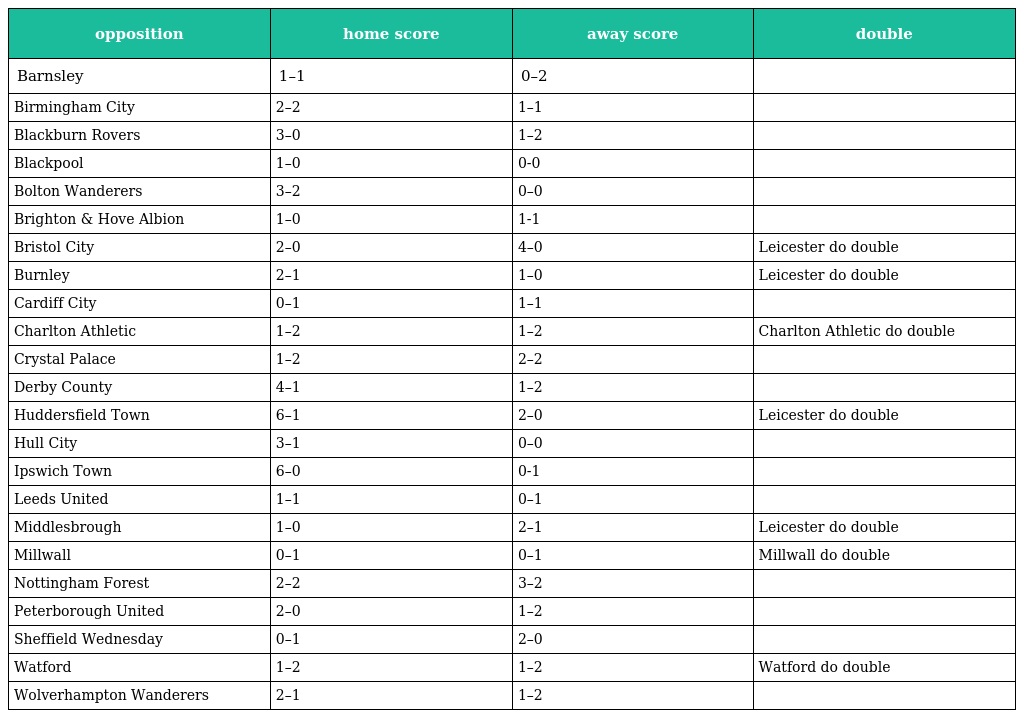
| opposition | home score | away score | double |
 | --- | --- | --- | --- |
 | Barnsley | 1–1 | 0–2 |  |
 | Birmingham City | 2–2 | 1–1 |  |
 | Blackburn Rovers | 3–0 | 1–2 |  |
 | Blackpool | 1–0 | 0-0 |  |
 | Bolton Wanderers | 3–2 | 0–0 |  |
 | Brighton & Hove Albion | 1–0 | 1-1 |  |
 | Bristol City | 2–0 | 4–0 | Leicester do double |
 | Burnley | 2–1 | 1–0 | Leicester do double |
 | Cardiff City | 0–1 | 1–1 |  |
 | Charlton Athletic | 1–2 | 1–2 | Charlton Athletic do double |
 | Crystal Palace | 1–2 | 2–2 |  |
 | Derby County | 4–1 | 1–2 |  |
 | Huddersfield Town | 6–1 | 2–0 | Leicester do double |
 | Hull City | 3–1 | 0–0 |  |
 | Ipswich Town | 6–0 | 0-1 |  |
 | Leeds United | 1–1 | 0–1 |  |
 | Middlesbrough | 1–0 | 2–1 | Leicester do double |
 | Millwall | 0–1 | 0–1 | Millwall do double |
 | Nottingham Forest | 2–2 | 3–2 |  |
 | Peterborough United | 2–0 | 1–2 |  |
 | Sheffield Wednesday | 0–1 | 2–0 |  |
 | Watford | 1–2 | 1–2 | Watford do double |
 | Wolverhampton Wanderers | 2–1 | 1–2 |  |